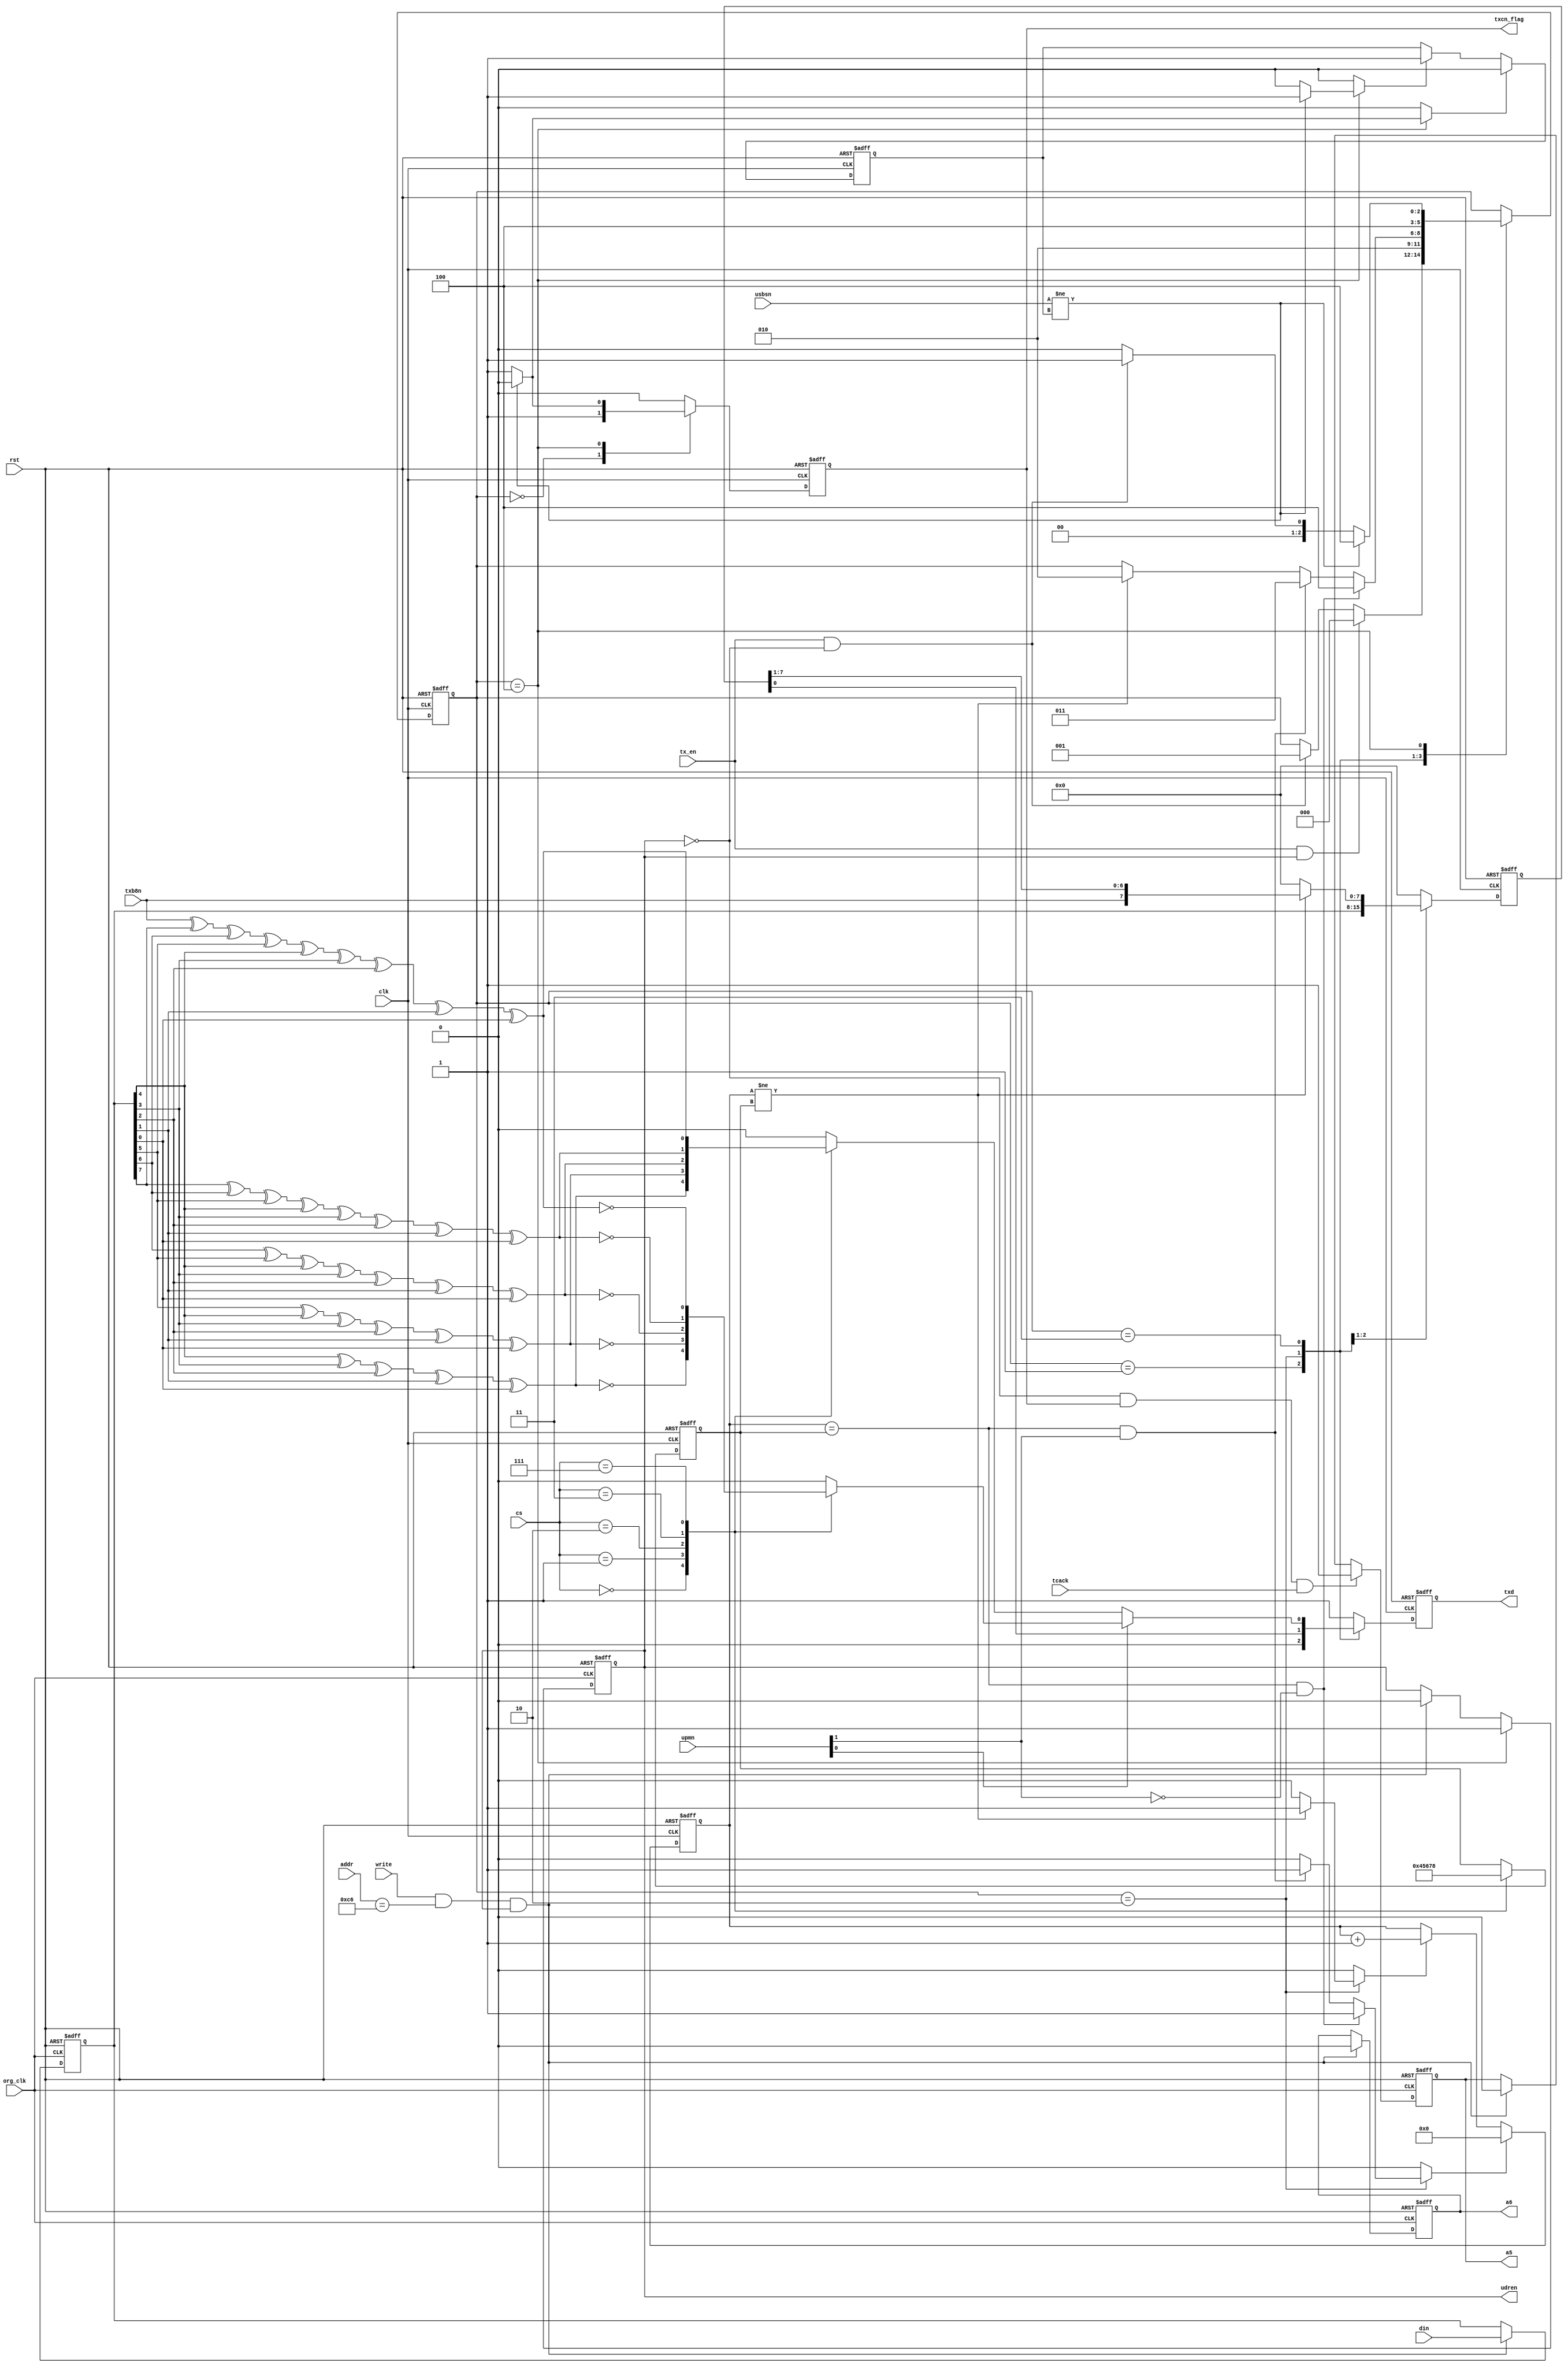
//////////////////////////////////////////////////////////////////////////////////
// Company: San Jose State University
// 
// Design Name: USART0
// Module Name:    transmitter
// Project Name: 
// Target Devices: 
// Tool versions: 
// Description: 
//
// Dependencies: 
//
// Revision: 
// Revision 0.01 - File Created
// Additional Comments: 
//
//////////////////////////////////////////////////////////////////////////////////


module transmitter (
input org_clk,
input clk,
input rst,


input tx_en, //From regB
input [2:0] cs, //From reg A and B UCSZn
input txb8n,

//Reg C
input [1:0] upmn,
input usbsn,

//Reg A
output txcn_flag,
output udren,

input [7:0] din,
input [7:0] addr,
input write,

output txd,
output reg a5,
output reg a6,
input tcack

);

parameter idle      = 3'b000;
parameter start     = 3'b001;
parameter shift     = 3'b010;
parameter parity    = 3'b011;
parameter stop_bit  = 3'b100;



reg [7:0] udrn_reg,shift_reg,shift_reg_q;
reg udren_flag;
reg tx_data, tx_data_reg;

reg [2:0] state,nxt_state;


reg [3:0] tx_cnt,bit_cnt_reg,bit_cnt;
reg inc_tx_cnt;
reg clr_tx_cnt;
reg clr_stop_cnt_reg;
reg inc_stop_cnt_reg;
reg even_pvalue,odd_pvalue;
reg stop_cnt_reg;
reg txcn,txcn_intr;
//reg a5_bit;

//reg [7:0] shift_reg0;

always @(posedge org_clk or posedge rst)
begin
	if(rst)
	     begin
	      udrn_reg <= 8'b0;
              udren_flag <= 1;
              //shift_reg0 <= 8'b0;
              a5 <= 1'b1;
              //txcn_intr <= 1'b1;
              a6 <= 1'b1;
             end
        else 
	     begin
                   //if(state == stop_bit)
                  // txcn_intr <= txcn;
                   //a6 <= txcn;
               // if (write && addr == 8'hc6 && tx_en)
                if (write && addr == 8'hc6 && udren_flag == 1'b1 ) 
                    begin
                        udrn_reg <= din;
                        udren_flag <= 0;
                        a5 <= 1'b0;
                        a6 <= 1'b0;
                    end
                //if (udren_flag ==0 && txcn_intr )
                //  begin
                //   shift_reg0 <= udrn_reg;
                //   udren_flag <= 1;
                //   a5 <= 1'b1;
                //  end
                  
                //if (udren_flag == 0 && state==stop_bit && tcack)   //Need to declare state and shift ---Done
                if (udren_flag == 0 && txcn_intr && tcack)   //Need to declare state and shift ---Done
                begin                  
                    //udren_flag <= 1;
                    a5 <= 1'b1;
                end
               
                if (state== stop_bit)
                   udren_flag <= 1;
end
end



//Remember to connect udren_flag to udren;
//tx_data_reg to txd;


	
always@(*)
begin

nxt_state = state;
tx_data= 1;
shift_reg = 8'b0;
inc_tx_cnt =1'b0;
clr_tx_cnt=1'b0;
clr_stop_cnt_reg = 1'b0;
inc_stop_cnt_reg = 1'b0;
txcn = 1'b0;
//a5_bit = 1'b0;



case (state)
idle:  begin txcn = 1'b1;
       if (tx_en && udren_flag == 1'b1)
         nxt_state = idle;
       else
          begin 
              if( tx_en && udren_flag == 1'b0)  //Needs to add [or count==last_shift_done]
           	begin
                 tx_data = 1'b1;
                 nxt_state = start;
                 end
           end
        end

start: begin 
              tx_data = 1'b0;
              nxt_state = shift;
              shift_reg = udrn_reg;
              //shift_reg = shift_reg0;
       end




shift: begin
              tx_data= shift_reg_q[0];
              
              if(tx_cnt != bit_cnt_reg)
                  begin 
                      inc_tx_cnt=1'b1;
                      shift_reg = {txb8n,shift_reg_q[7:1]};
                      nxt_state = shift;
                  end
              
              if((tx_cnt == bit_cnt_reg) && upmn[1])
                   begin   nxt_state = parity; clr_tx_cnt=1'b1; end
                  
              if((tx_cnt == bit_cnt_reg) && !upmn[1])
                   begin   nxt_state = stop_bit; clr_tx_cnt=1'b1; end
       end

parity: begin 
            if(!upmn[0])
             begin
             tx_data = even_pvalue;
             nxt_state = stop_bit; //added now
             end
            else
            begin
                    tx_data = odd_pvalue;
                    nxt_state = stop_bit;
             end
         end



stop_bit: begin
              //a5_bit = 1'b1;
              tx_data =1'b1;
              if(usbsn != stop_cnt_reg)
              begin 
                    inc_stop_cnt_reg = 1'b1;
                    nxt_state = stop_bit;
              end
              else 
              begin 
                    clr_stop_cnt_reg =1'b1;
                    if(tx_en && udren_flag ==1'b0) nxt_state = start; else nxt_state = idle;
                    txcn =1;
              end
           end
endcase
end


always@(posedge clk or posedge rst)
begin
     if(rst)
     begin
        tx_data_reg <= 1'b1;
        shift_reg_q <= 8'b0;
        state <= idle;
        tx_cnt <= 4'b0;
        txcn_intr <= 1'b1;
        //a6 <= 1'b1;
    end
    else
    begin
        tx_data_reg <= tx_data;
        txcn_intr <= txcn;
        //a6 <= txcn;
        shift_reg_q <= shift_reg;
        state <= nxt_state;
         if(inc_tx_cnt)
          tx_cnt <= tx_cnt + 4'b0001;
         if(clr_tx_cnt)
          tx_cnt <= 4'b0000;
    end
end


always@(posedge clk or posedge rst)
begin
     if(rst)
     begin
          stop_cnt_reg <= 1'b0;
          bit_cnt_reg <= 4'b0111;
     end
     else
     begin
              bit_cnt_reg <= bit_cnt;
              if(inc_stop_cnt_reg)
                  stop_cnt_reg <= 1'b1;
              if(clr_stop_cnt_reg)
                  stop_cnt_reg <= 1'b0;
     end
end





//----------------------------------------------------------------------------------------
//Bit counts to send and Even odd Parity Value
//----------------------------------------------------------------------------------------

always@(*)
begin
bit_cnt = bit_cnt_reg;
even_pvalue = 1'b0;
odd_pvalue =1'b0;

    
    case (cs) //synopsys_fullcase
3'b000: begin bit_cnt = 4'b0100;
              even_pvalue= udrn_reg[4] ^ udrn_reg[3] ^ udrn_reg[2] ^ udrn_reg[1] ^ udrn_reg[0] ^ 1'b0;
              odd_pvalue=  udrn_reg[4] ^ udrn_reg[3] ^ udrn_reg[2] ^ udrn_reg[1] ^ udrn_reg[0] ^ 1'b1;
        end

3'b001: begin bit_cnt = 4'b0101; 
              even_pvalue= udrn_reg[5] ^ udrn_reg[4] ^ udrn_reg[3] ^ udrn_reg[2] ^ udrn_reg[1] ^ udrn_reg[0] ^ 1'b0;
              odd_pvalue=  udrn_reg[5] ^ udrn_reg[4] ^ udrn_reg[3] ^ udrn_reg[2] ^ udrn_reg[1] ^ udrn_reg[0] ^ 1'b1;
        end

3'b010: begin bit_cnt = 4'b0110;
              even_pvalue= udrn_reg[6] ^ udrn_reg[5] ^ udrn_reg[4] ^ udrn_reg[3] ^ udrn_reg[2] ^ udrn_reg[1] ^ udrn_reg[0] ^ 1'b0;
              odd_pvalue= udrn_reg[6] ^ udrn_reg[5] ^ udrn_reg[4] ^ udrn_reg[3] ^ udrn_reg[2] ^ udrn_reg[1] ^ udrn_reg[0] ^ 1'b1;
        end


3'b011: begin bit_cnt = 4'b0111; 
              even_pvalue= udrn_reg[7] ^ udrn_reg[6] ^ udrn_reg[5] ^ udrn_reg[4] ^ udrn_reg[3] ^ udrn_reg[2] ^ udrn_reg[1] ^ udrn_reg[0] ^ 1'b0;
              odd_pvalue=  udrn_reg[7] ^ udrn_reg[6] ^ udrn_reg[5] ^ udrn_reg[4] ^ udrn_reg[3] ^ udrn_reg[2] ^ udrn_reg[1] ^ udrn_reg[0] ^ 1'b1;
        end


3'b111: begin bit_cnt = 4'b1000;
              even_pvalue= txb8n ^ udrn_reg[7] ^ udrn_reg[6] ^ udrn_reg[5] ^ udrn_reg[4] ^ udrn_reg[3] ^ udrn_reg[2] ^ udrn_reg[1] ^ udrn_reg[0] ^ 1'b0;
              odd_pvalue=  txb8n ^ udrn_reg[7] ^ udrn_reg[6] ^ udrn_reg[5] ^ udrn_reg[4] ^ udrn_reg[3] ^ udrn_reg[2] ^ udrn_reg[1] ^ udrn_reg[0] ^ 1'b1;
        end
endcase
end


assign txd = tx_data_reg;
assign udren = udren_flag;
assign txcn_flag = txcn_intr;

endmodule